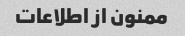
ممنون از اطلاعات